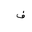
Letter: _fa